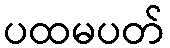
ပထမပတ်